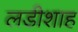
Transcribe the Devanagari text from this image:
लडीशाह